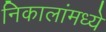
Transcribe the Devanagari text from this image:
निकालांमध्ये